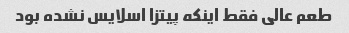
طعم عالی فقط اینکه پیتزا اسلایس نشده بود